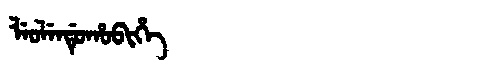
Manchu: ᠯᡝᠣᠯᡝᠨᡩᡠᡥᠣᠪᡳᡥᡝ
Romanization: LEOLENDUHOBIHE